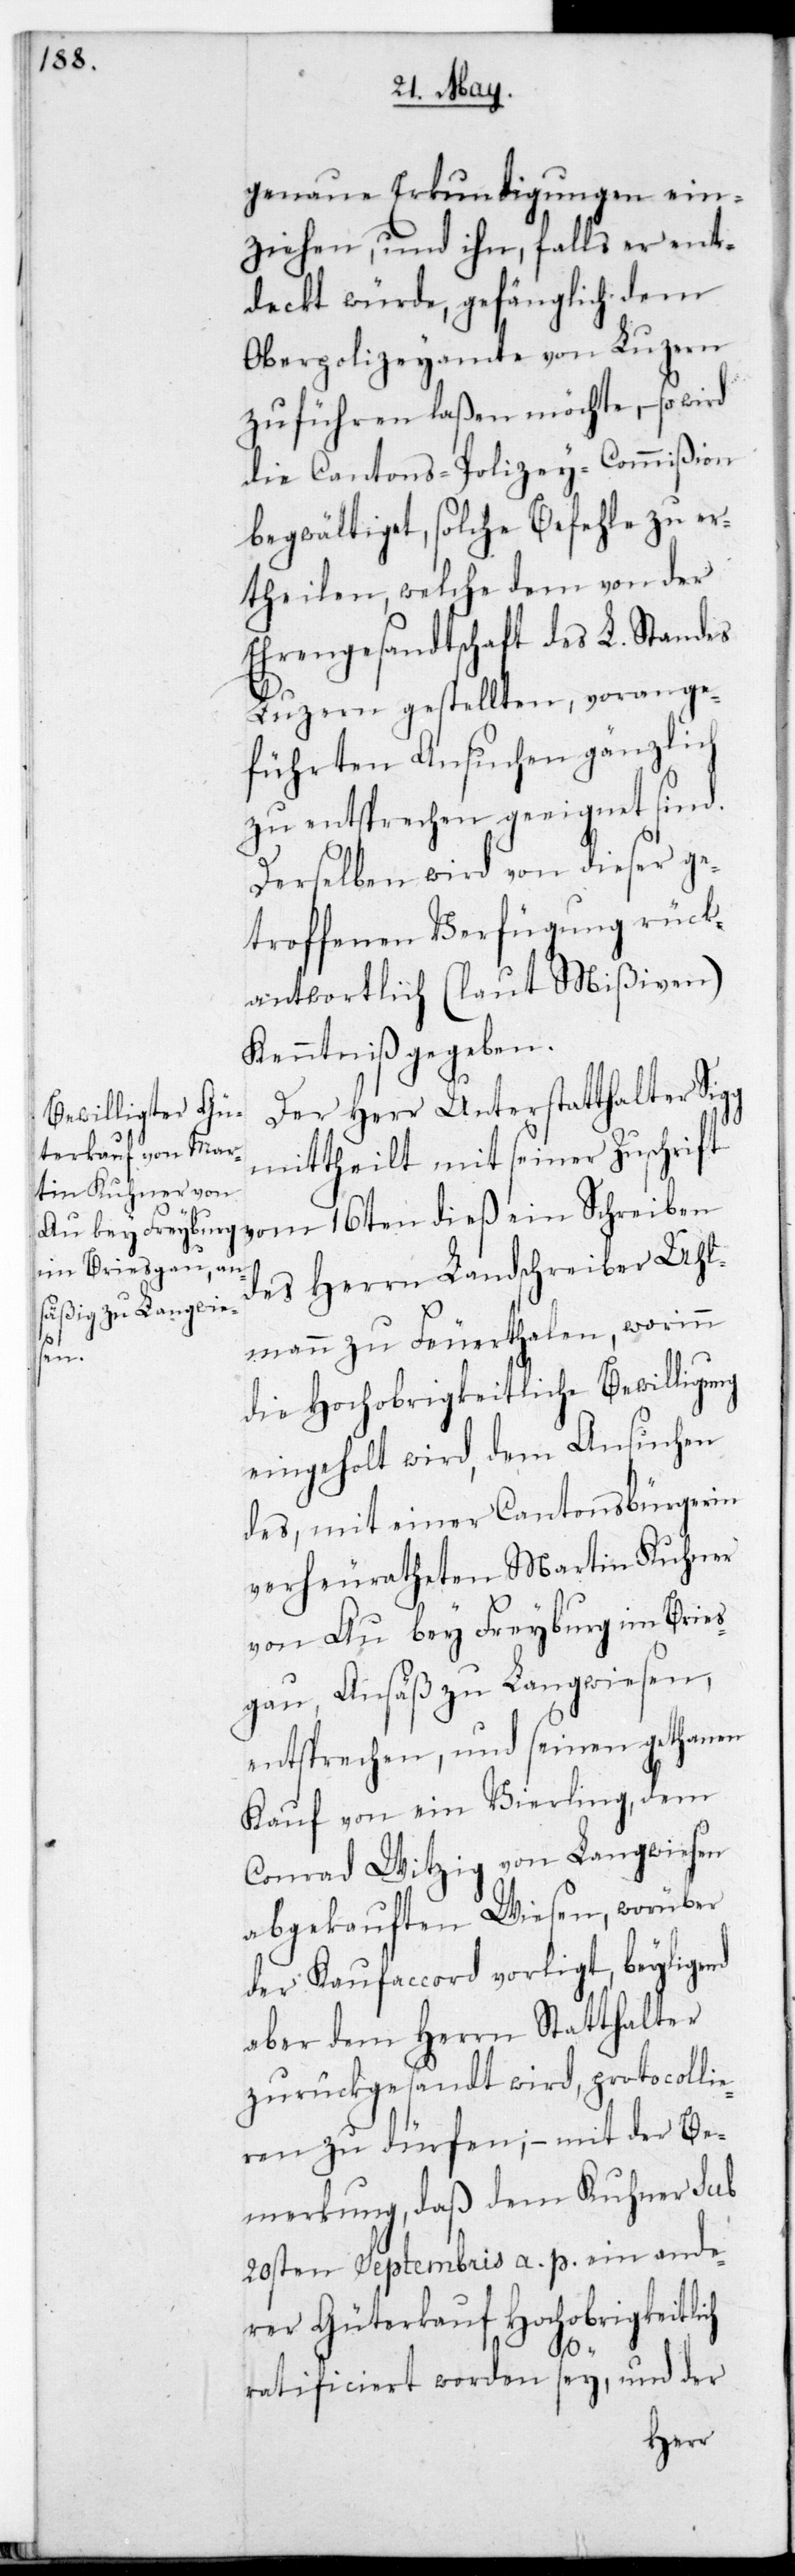
die

genaue Erkundigungen ein¬
ziehen, und ihn, falls er ent¬
deckt würde, gefänglich dem
Oberpolizeyamte von Luzern
zuführen laßen möchte, – so wird
begwältiget, solche Befehle zu er¬
theilen, welche dem von der
Ehrengesandtschaft des L. Standes
Luzern gestellten, vorange¬
führten Ansuchen gänzlich
zu entsprechen geeignet sind.
Derselben wird von dieser ge¬
troffenen Verfügung rück¬
antwortlich (laut Mißiven)
Kenntniß gegeben.
Der Herr Unterstatthalter Sigg
mittheilt mit seiner Zuschrift
vom 16ten dieß ein Schreiben
des Herrn Landschreiber Uhl¬
mann zu Feuerthalen, worinn
die Hochobrigkeitliche Bewilligung
eingeholt wird, dem Ansuchen
des, mit einer Cantonsbürgerin
verheuratheten Martin Kuhner
von Au bey Freyburg im Breis¬
gau, Ansäß zu Langwiesen,
entsprechen, und seinen getanen
Kauf von ein Vierling, dem
Conrad Witzig von Langwiesen
abgekauften Wiesen, worüber
der Kaufaccord vorligt, beyligend
aber dem Herrn Statthalter
zurückgesandt wird, protocolli¬
eren zu dürfen; – mit der Be¬
merkung, daß dem Kuhner sub
20sten Septembris a. p. ein ande¬
rer Güterkauf Hochobrigkeitlich
ratificiert worden sey, und der